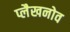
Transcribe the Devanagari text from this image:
प्लैखनोव